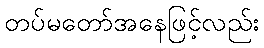
တပ်မတော်အနေဖြင့်လည်း